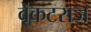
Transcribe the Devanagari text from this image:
वेंकटराज